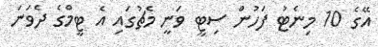
އޭގެ 10 މިނެޓު ފަހުން ސިޓީ ވަނީ މެޗުގައި އެ ޓީމްގެ ދެވަނަ